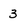
Character: 3